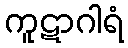
ကူဋာဂါရံ